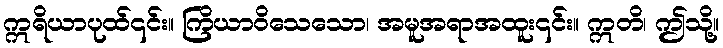
ဣရိယာပုထ်၎င်း။ ကြိယာဝိသေသော၊ အမူအရာအထူး၎င်း။ ဣတိ၊ ဤသို့။